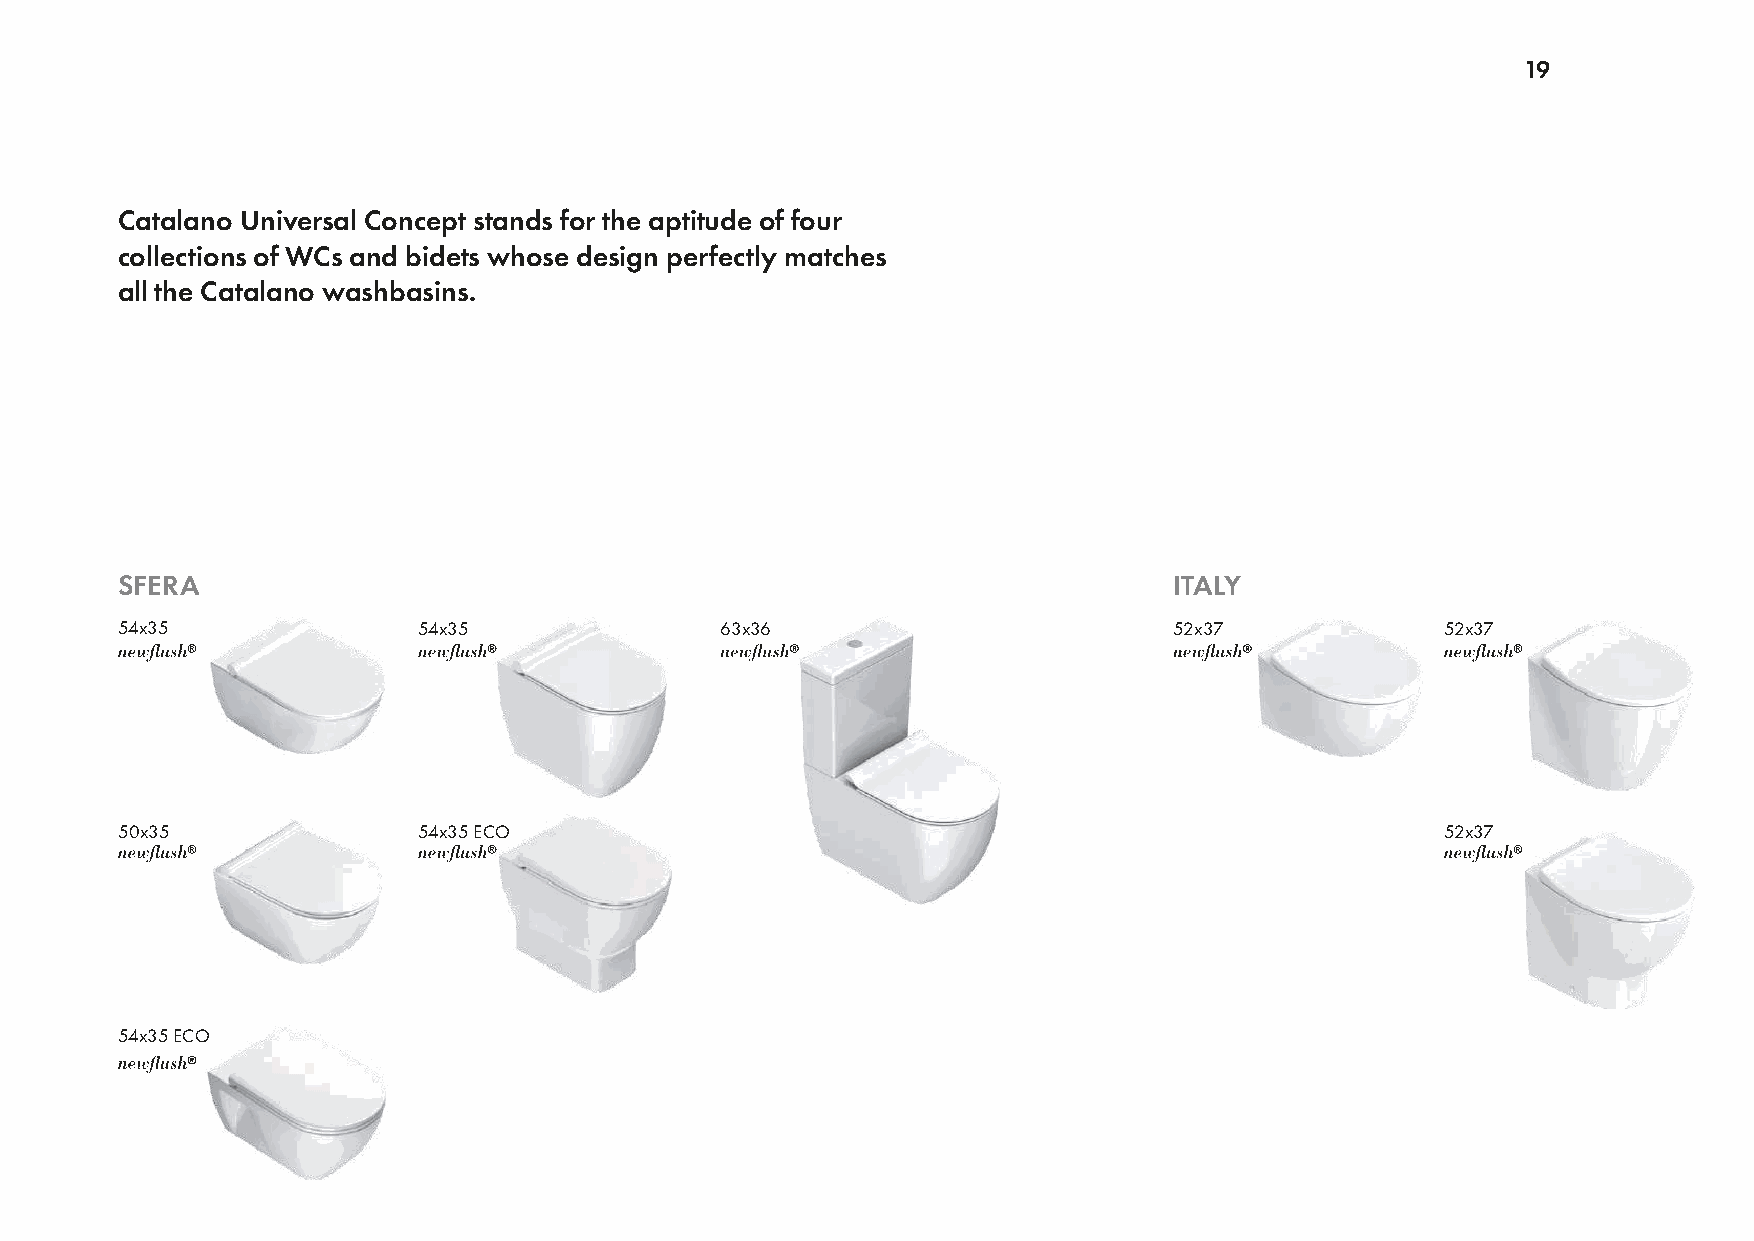
19
 Catalano Universal Concept stands for the aptitude of four
 collections of WCs and bidets whose design perfectly matches
 all the Catalano washbasins.
 SFERA                                                                 ITALY
 54x35               54x35               63x36                         52x37             52x37
 50x35               54x35 ECO                                                           52x37
 54x35 ECO